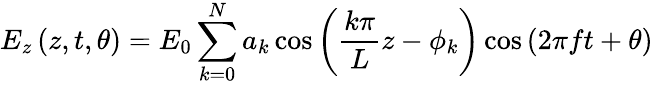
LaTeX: E_{z}\left(z,t,\theta\right)=E_{0}\sum_{k=0}^{N}a_{k}\cos\left(\frac{k\pi}{L}z-\phi_{k}\right)\cos\left(2\pi ft+\theta\right)